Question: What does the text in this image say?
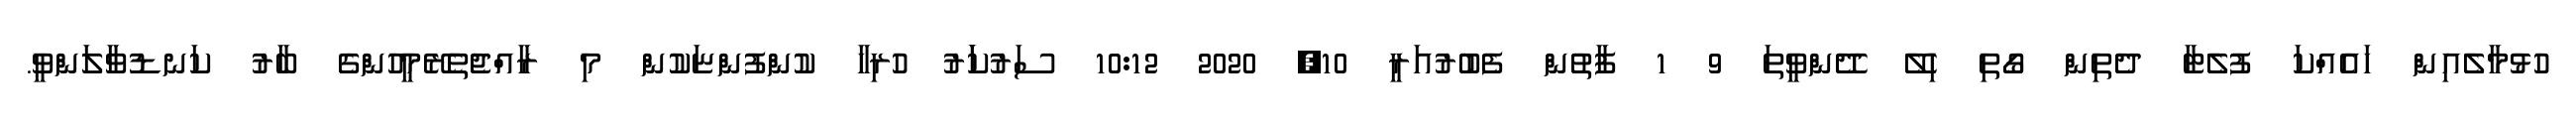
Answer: ހުޅުމާލެއިން ހައެއްކަ ފުލެޓާ ދެތިން ގޯތި ހިލޭ ދޭންވީތަ 9 1 ފާތުން ފެބުރުއަރީ 10, 2020 10:12 ސަރުކަަރު ހުރިހާ ކުންފުންޏަކުން މި ރާއްޖެތެރޭމީހުންގެ ބާރު ކަނޑުވާލަންވީ.